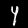
Label: 4